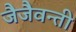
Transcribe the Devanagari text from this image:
जैजैवन्ती